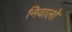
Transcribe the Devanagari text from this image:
निवालो